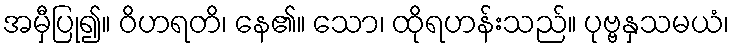
အမှီပြု၍။ ဝိဟရတိ၊ နေ၏။ သော၊ ထိုရဟန်းသည်။ ပုဗ္ဗနှသမယံ၊